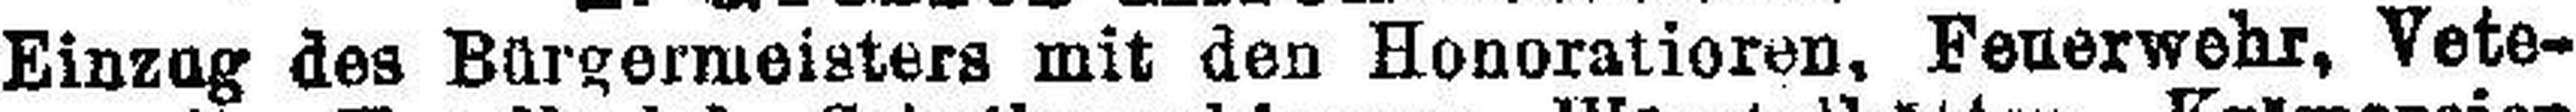
Einzug des Bürgermeisters mit den Honoratioren, Feuerwehr, Vete¬